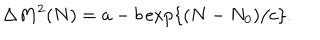
LaTeX: \Delta M ^ { 2 } ( N ) = a - b \exp \left\{ ( N - N _ { 0 } ) / c \right\} .